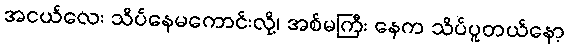
အငယ်လေး သိပ်နေမကောင်းလို့၊ အစ်မကြီး နေက သိပ်ပူတယ်နော့